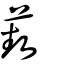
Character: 蓺